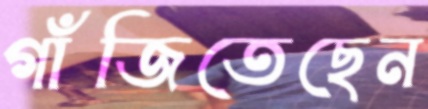
গাঁজিতেছেন